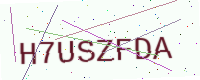
Text: H7USZFDA